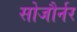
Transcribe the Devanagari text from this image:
सोजौर्नर